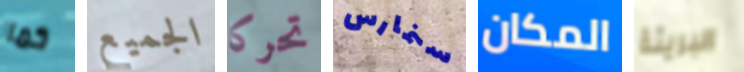
كما الجميع تحركا سنمارس المكان البريئة